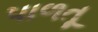
પાળતૂ